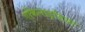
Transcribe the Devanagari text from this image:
एकिनाइडिया